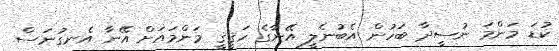
ކުޑަ މަންމަ ނުސީދާ ބަހުން އެބުނެލީ އޭނާގެ ހަޤީޤީ މަންމައަށް އޭނާ އެނގުނަސް